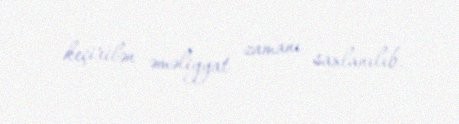
keçirilən əməliyyat zamanı saxlanılıb.